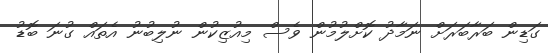
ގަޑިން ބަރާބަރަށް ނަމާދު ކޮށްލުމުން ވެސް މިއުޒިކުން ނުލިބުނު އެތައް ގުނަ ބޮޑު